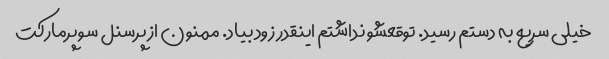
خیلی سریع به دستم رسید. توقعشو نداشتم اینقدر زود بیاد. ممنون از پرسنل سوپرمارکت